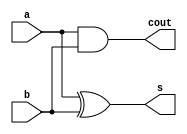
`timescale 1ns / 1ps
//////////////////////////////////////////////////////////////////////////////////
// Company: 
// Engineer: 
// 
// Design Name: 
// Module Name: halfadder
// Project Name: 
// Target Devices: 
// Tool Versions: 
// Description: 
// 
// Dependencies: 
// 
// Revision:
// Revision 0.01 - File Created
// Additional Comments:
// 
//////////////////////////////////////////////////////////////////////////////////



module halfadder(
    input a,
    input b,
    output s,
    output cout
    );
    
    
    assign #1 s=a^b;
    assign #1 cout=a&b; 
    
endmodule